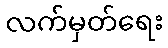
လက်မှတ်ရေး